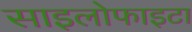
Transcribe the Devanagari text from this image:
साइलोफाइटा